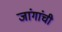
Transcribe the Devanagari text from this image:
जांगांची